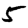
Digit: 5